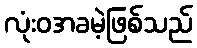
လုံးဝအခမဲ့ဖြစ်သည်